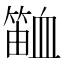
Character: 𬕫